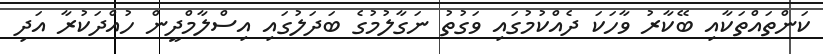
ކަންތައްތަކާއި ބޭކާރު ވާހަކަ ދެއްކުމުގައި ވަގުތު ނަގާލުމުގެ ބަދަލުގައި އިސްލާމްދީން ހުއްދަކުރާ އަދި